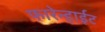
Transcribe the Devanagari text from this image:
फारेन्हाईट